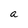
Character: a